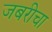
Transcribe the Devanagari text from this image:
जबरीचा